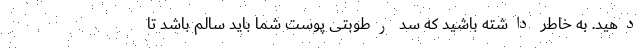
دهید. به خاطر داشته باشید که سد رطوبتی پوست شما باید سالم باشد تا